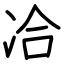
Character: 冾